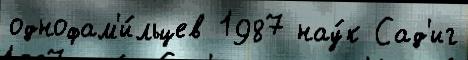
однофам'и́льцев 1987 нау́к Сад'иг